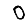
Digit: 0